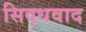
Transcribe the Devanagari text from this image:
सिद्धवाद